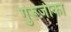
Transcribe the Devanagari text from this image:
गुरूजीका